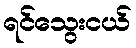
ရင်သွေးငယ်